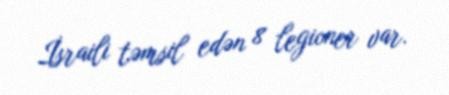
İsraili təmsil edən 8 legioner var.